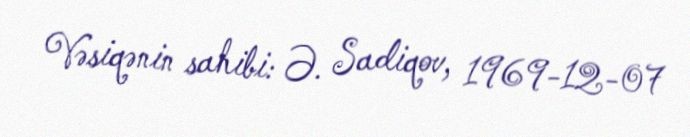
Vəsiqənin sahibi: Ə. Sadiqov, 1969-12-07